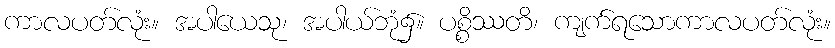
ကာလပတ်လုံး။ အပါယေသု၊ အပါယ်ဘုံ၌။ ပစ္စိဿတိ၊ ကျက်ရသောကာလပတ်လုံး။